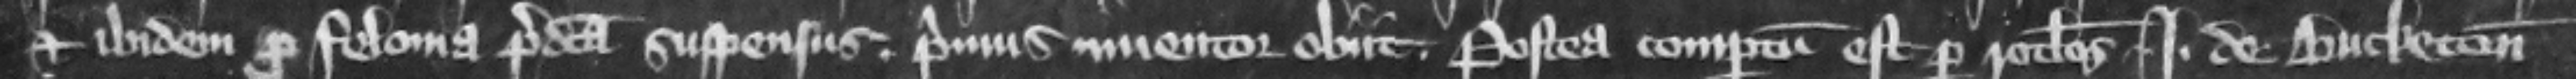
et ibidem pro felonia predicta suspensus. Primus inuentor obiit. Postea compertum est per rotulos Iohannis de Bucketon